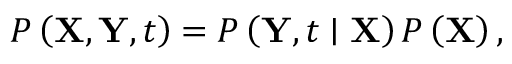
P \left( \mathbf { X } , \mathbf { Y } , t \right) = P \left( \mathbf { Y } , t \mid \mathbf { X } \right) P \left( \mathbf { X } \right) ,